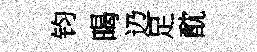
钧暍辸足酖